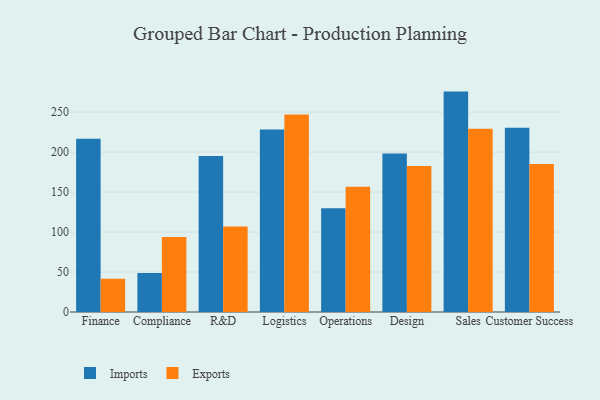
{"axis": {"x": "Department", "y": "Tickets Resolved"}, "legend": ["Exports", "Imports"], "data": [{"x": "Finance", "y": 216.7, "type": "Imports"}, {"x": "Finance", "y": 41.6, "type": "Exports"}, {"x": "Compliance", "y": 48.8, "type": "Imports"}, {"x": "Compliance", "y": 93.7, "type": "Exports"}, {"x": "R&D", "y": 195.1, "type": "Imports"}, {"x": "R&D", "y": 107.0, "type": "Exports"}, {"x": "Logistics", "y": 228.4, "type": "Imports"}, {"x": "Logistics", "y": 247.2, "type": "Exports"}, {"x": "Operations", "y": 129.9, "type": "Imports"}, {"x": "Operations", "y": 156.6, "type": "Exports"}, {"x": "Design", "y": 198.3, "type": "Imports"}, {"x": "Design", "y": 182.7, "type": "Exports"}, {"x": "Sales", "y": 275.7, "type": "Imports"}, {"x": "Sales", "y": 229.1, "type": "Exports"}, {"x": "Customer Success", "y": 230.5, "type": "Imports"}, {"x": "Customer Success", "y": 185.0, "type": "Exports"}]}